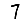
Digit: 7